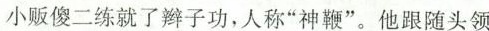
小贩傻二练就了辫子功，人称”神鞭”。他跟随头领